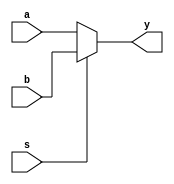
module mux_2x1_behave_ifelse(a,b,s,y);
    input a,b,s;
    output y;
    reg y;
    always @ (a,b,s)
    if (s==0)
    y= a;
    else
    y= b;
endmodule